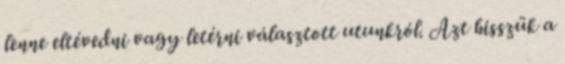
lenne eltévedni vagy letérni választott utunkról. Azt hisszük a